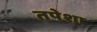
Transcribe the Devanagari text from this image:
तपेशा